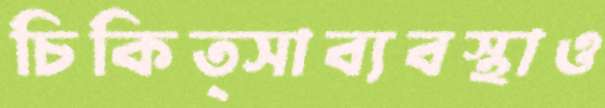
চিকিত্সাব্যবস্থাও